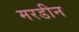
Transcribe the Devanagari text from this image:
मरडीन